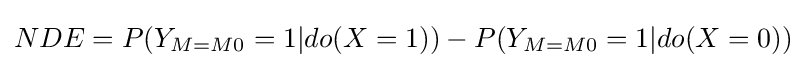
NDE=P(Y_{M=M0}=1|do(X=1))-P(Y_{M=M0}=1|do(X=0))